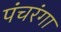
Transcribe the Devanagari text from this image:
पंचरंगा